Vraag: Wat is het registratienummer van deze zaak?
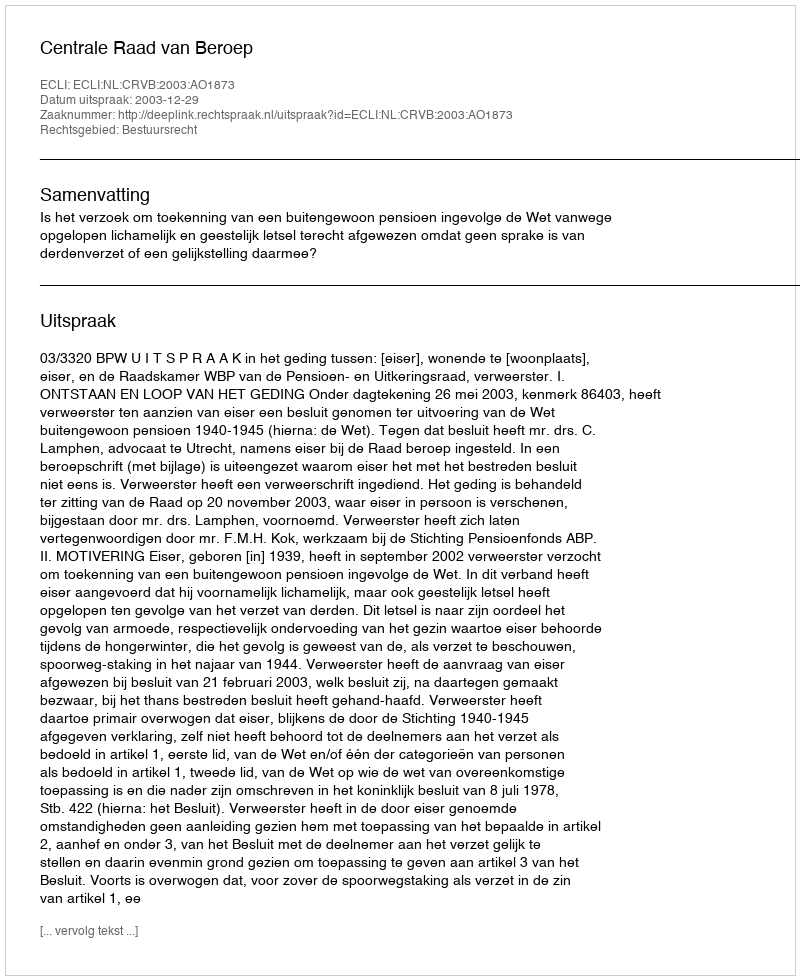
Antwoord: http://deeplink.rechtspraak.nl/uitspraak?id=ECLI:NL:CRVB:2003:AO1873